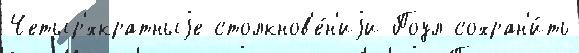
Четыр'́хкратныjе столкнов'е́н'иjи Поул сохран'и́ть